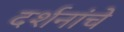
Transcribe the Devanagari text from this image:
दर्शनांचे